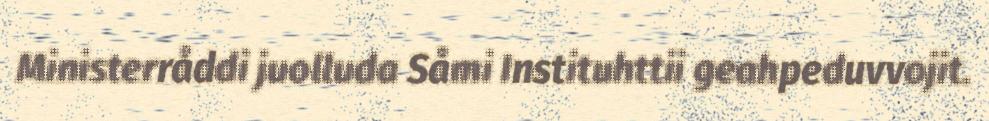
Ministerråddi juolluda Såmi Instituhttii geahpeduvvojit.